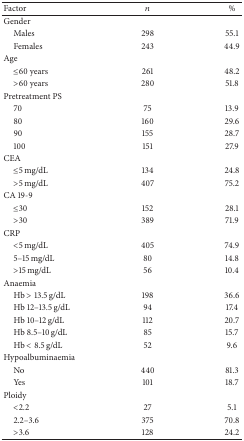
<table><thead><tr><td><b>Factor</b></td><td><b><i>n</i></b></td><td><b>%</b></td></tr></thead><tbody><tr><td>Gender</td><td> </td><td> </td></tr><tr><td> Males</td><td>298</td><td>55.1</td></tr><tr><td> Females</td><td>243</td><td>44.9</td></tr><tr><td>Age</td><td> </td><td> </td></tr><tr><td> ≤60 years</td><td>261</td><td>48.2</td></tr><tr><td> &gt;60 years</td><td>280</td><td>51.8</td></tr><tr><td>Pretreatment PS</td><td> </td><td> </td></tr><tr><td> 70</td><td>75</td><td>13.9</td></tr><tr><td> 80</td><td>160</td><td>29.6</td></tr><tr><td> 90</td><td>155</td><td>28.7</td></tr><tr><td> 100</td><td>151</td><td>27.9</td></tr><tr><td>CEA</td><td> </td><td> </td></tr><tr><td> ≤5 mg/dL</td><td>134</td><td>24.8</td></tr><tr><td> &gt;5 mg/dL</td><td>407</td><td>75.2</td></tr><tr><td>CA 19-9</td><td> </td><td> </td></tr><tr><td> ≤30</td><td>152</td><td>28.1</td></tr><tr><td> &gt;30</td><td>389</td><td>71.9</td></tr><tr><td>CRP</td><td> </td><td> </td></tr><tr><td> &lt;5 mg/dL</td><td>405</td><td>74.9</td></tr><tr><td> 5–15 mg/dL</td><td>80</td><td>14.8</td></tr><tr><td> &gt;15 mg/dL</td><td>56</td><td>10.4</td></tr><tr><td>Anaemia</td><td> </td><td> </td></tr><tr><td> Hb &gt; 13.5 g/dL</td><td>198</td><td>36.6</td></tr><tr><td> Hb 12–13.5 g/dL</td><td>94</td><td>17.4</td></tr><tr><td> Hb 10–12 g/dL</td><td>112</td><td>20.7</td></tr><tr><td> Hb 8.5–10 g/dL</td><td>85</td><td>15.7</td></tr><tr><td> Hb &lt; 8.5 g/dL</td><td>52</td><td>9.6</td></tr><tr><td>Hypoalbuminaemia</td><td> </td><td> </td></tr><tr><td> No</td><td>440</td><td>81.3</td></tr><tr><td> Yes</td><td>101</td><td>18.7</td></tr><tr><td>Ploidy</td><td> </td><td> </td></tr><tr><td> &lt;2.2</td><td>27</td><td>5.1</td></tr><tr><td> 2.2–3.6</td><td>375</td><td>70.8</td></tr><tr><td> &gt;3.6</td><td>128</td><td>24.2</td></tr></tbody></table>